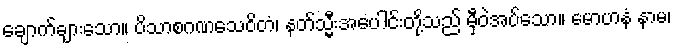
ချောက်ချားသော။ ပိသာစဂဏသေဝိတံ၊ နတ်သ္မီးအပေါင်းတို့သည် မှီဝဲအပ်သော။ မောဟနံ နာမ၊